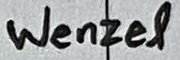
Text: Wenzel